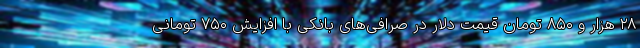
۲۸ هزار و ۸۵۰ تومان قیمت دلار در صرافی‌های بانکی با افزایش ۷۵۰ تومانی